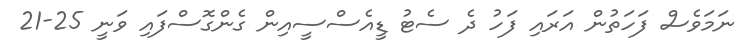
ނަމަވެސް ފަހަތުން އަރައި ފަހު ދެ ސެޓު ޑީއެސްސީއިން ގެންގޮސްފައި ވަނީ 25-21